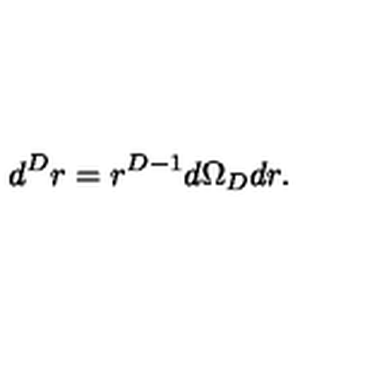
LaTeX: d ^ { { D } } r = r ^ { { D } - 1 } d \Omega _ { { D } } d r .